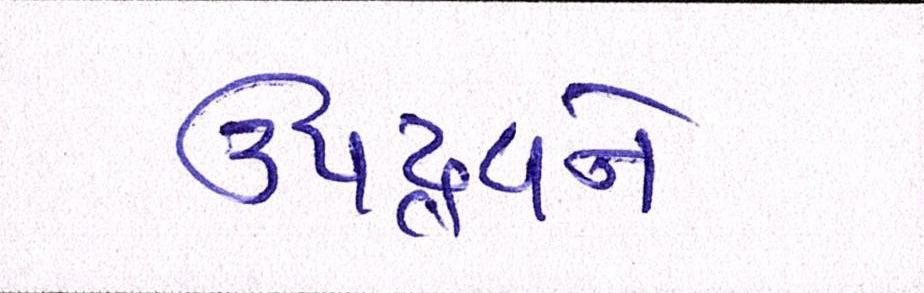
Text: ઉપદ્રવને